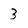
Character: 3